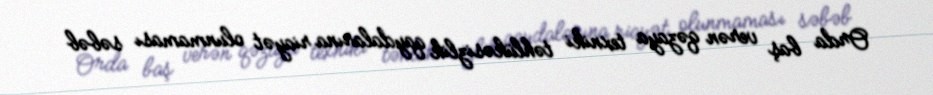
Orda baş verən qəzaya texniki təhlükəsizlik qaydalarına riayət olunmaması səbəb